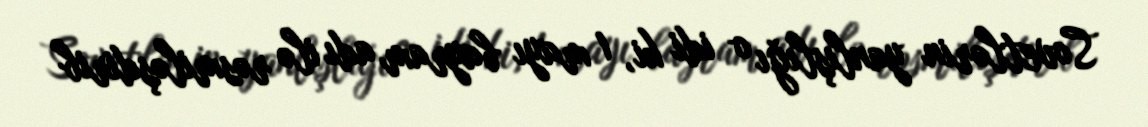
Sovetlərin yanlışlığı o idi ki, 1 mayı bayram adı ilə rəsmiləşdirib